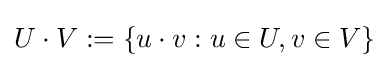
U\cdot V:=\{u\cdot v:u\in U,v\in V\}